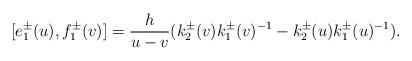
LaTeX: \begin{align*}[e_{1}^{\pm}(u),f_{1}^{\pm}(v)]=\frac{h}{u-v}(k_{2}^{\pm}(v)k_{1}^{\pm}(v)^{-1}-k_{2}^{\pm}(u)k_{1}^{\pm}(u)^{-1}).\end{align*}